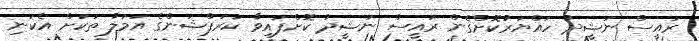
ރައީސް ނަޝީދު ހައްޔަރުކޮށްގެން ރައީސް ނަޝީދު ކޮށްފައިވާ ކަރަޕްޝަންގެ އަމަލު ތަކަށް އެކަނި